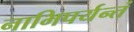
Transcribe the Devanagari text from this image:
नाभिपर्यन्तं